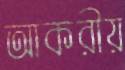
আকরীয়